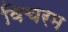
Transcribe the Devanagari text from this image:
विचरम